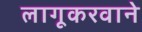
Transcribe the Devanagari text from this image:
लागूकरवाने